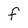
Character: f